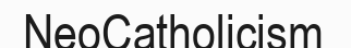
NeoCatholicism